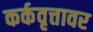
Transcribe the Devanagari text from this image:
कर्कवृत्तावर